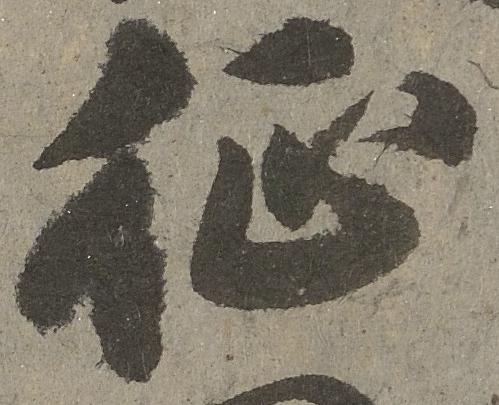
征